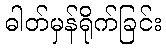
ဓါတ်မှန်ရိုက်ခြင်း